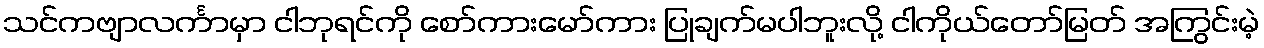
သင်ကဗျာလင်္ကာမှာ ငါဘုရင်ကို စော်ကားမော်ကား ပြုချက်မပါဘူးလို့ ငါကိုယ်တော်မြတ် အကြွင်းမဲ့